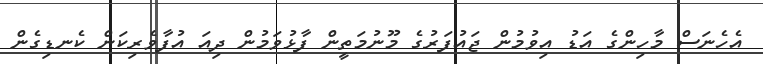
އެހެނަސް މާހިންގެ އަޑު އިވުމުން ޖައުފަރުގެ މޫނުމަތީން ފާޅުވަމުން ދިއަ އުފާވެރިކަން ކެނޑިގެން